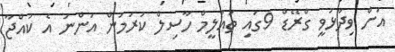
އަށް ވިދާޅުވީ ގްރޭޑް 9ގައި ތައުލީމް ހާސިލް ކުރަމުން އަންނަ އެ ކުއްޖާ